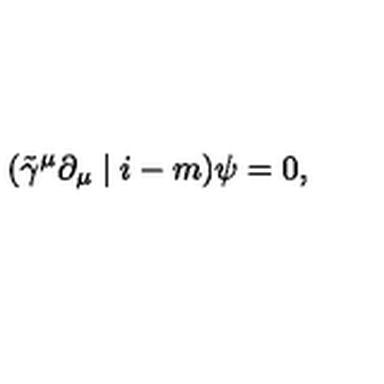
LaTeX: ( \tilde { \gamma } ^ { \mu } \partial _ { \mu } \mid i - m ) \psi = 0 ,